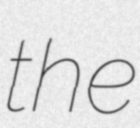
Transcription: the